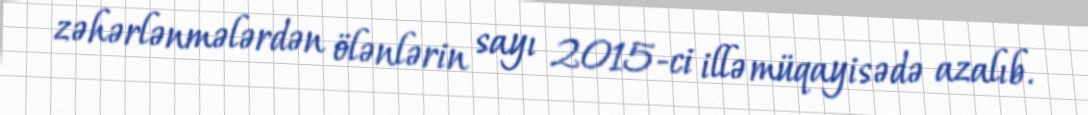
zəhərlənmələrdən ölənlərin sayı 2015-ci illə müqayisədə azalıb.